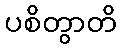
ပစိတွာတိ